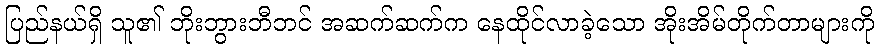
ပြည်နယ်ရှိ သူ၏ ဘိုးဘွားဘီဘင် အဆက်ဆက်က နေထိုင်လာခဲ့သော အိုးအိမ်တိုက်တာများကို